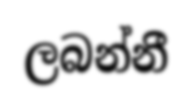
ලබන්නී